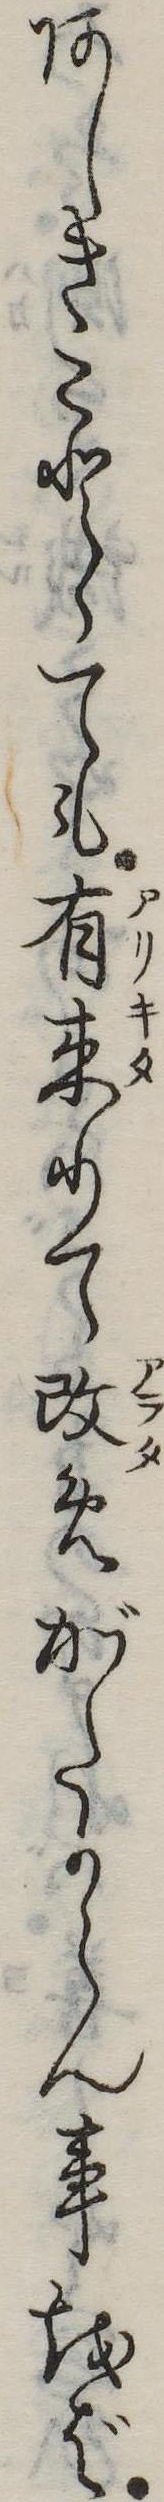
あしきことゝても有来りて改めがたからん事をば